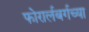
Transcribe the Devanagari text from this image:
फोरार्लबर्गच्या